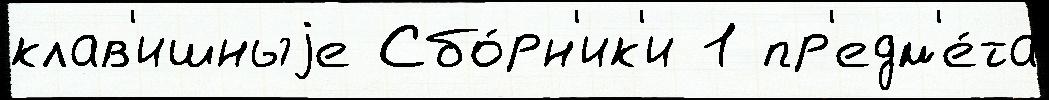
клав'ишныjе Сбо́рн'ик'и 1 пр'едм'е́та